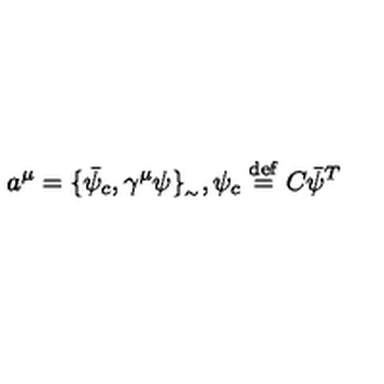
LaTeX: a ^ { \mu } = \{ \bar { \psi } _ { c } , \gamma ^ { \mu } \psi \} _ { _ { \sim } } , \psi _ { c } \stackrel { \mathrm { d e f } } { = } C \bar { \psi } ^ { T }